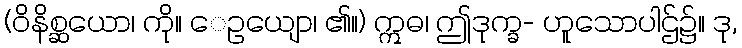
(ဝိနိစ္ဆယော၊ ကို။ ေဥယျော၊ ၏။) ဣဓ၊ ဤဒုက္ခ- ဟူသောပါဌ်၌။ ဒု,